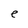
Character: e